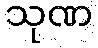
သုဏ